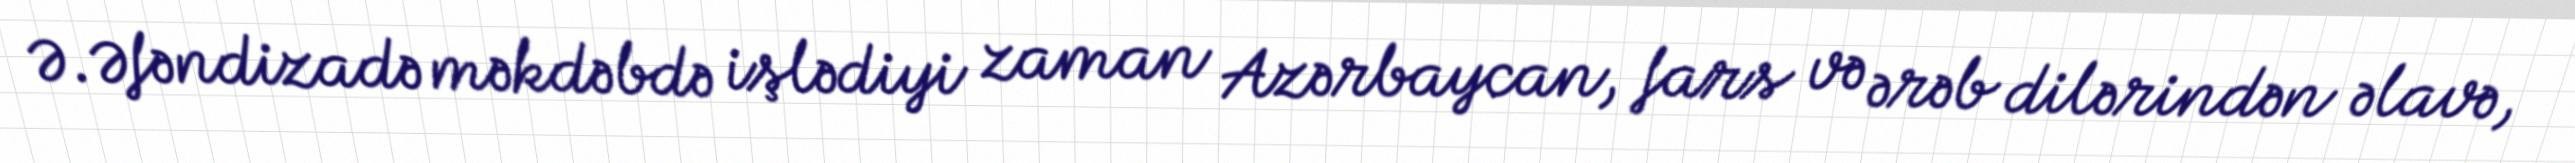
Ə.Əfəndizadə məkdəbdə işlədiyi zaman Azərbaycan, fars və ərəb dilərindən əlavə,